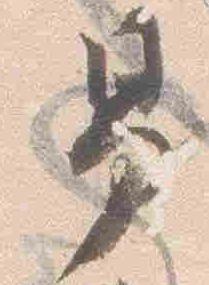
男